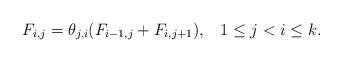
LaTeX: \begin{align*} F_{i,j} = \theta_{j,i} ( F_{i-1,j} + F_{i,j+1} ) , \;\;\; 1 \le j < i \le k .\end{align*}